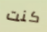
كنت